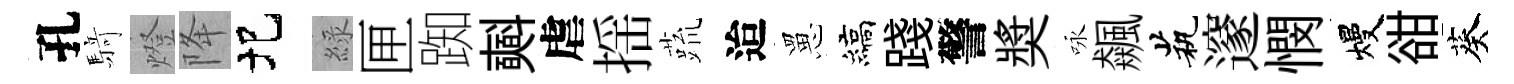
孔𮪍燈降圯綠匣踟𣂏虐揺蔬迨罳縞踐警奬咏飆茕邃憫熳𧮳葵